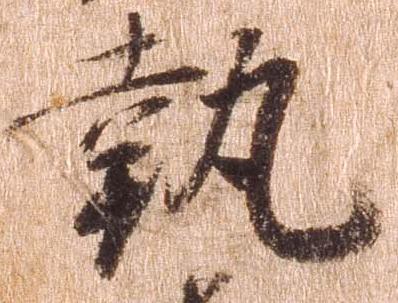
執